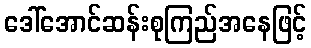
ဒေါ်အောင်ဆန်းစုကြည်အနေဖြင့်